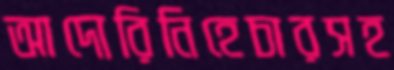
আদোরিনিহেচারসহ